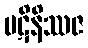
ပဋိနိဿဇ